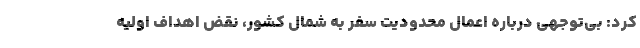
کرد: بی‌توجهی درباره اعمال محدودیت سفر به شمال کشور، نقض اهداف اولیه